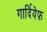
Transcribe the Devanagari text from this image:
गार्दियेफ़